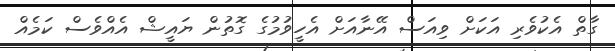
ގާތް އެކުވެރި އަކަށް ވިއަސް އޭނާއަށް އެހީވުމުގެ ގޮތުން ޔައީޝް އެއްވެސް ކަމެއް